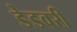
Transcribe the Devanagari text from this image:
डेडवरी